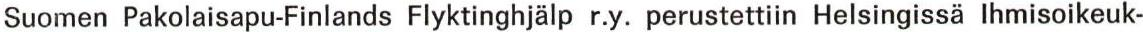
Suomen Pakolaisapu-Finlands Flyktinghjälp r.y. perustettiin Helsingissä Ihmisoikeuk-